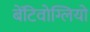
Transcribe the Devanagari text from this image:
बेंटिवोग्लियो